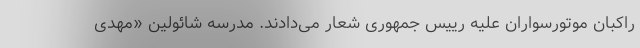
راکبان موتورسواران علیه رییس جمهوری شعار می‌دادند. مدرسه شائولین «مهدی